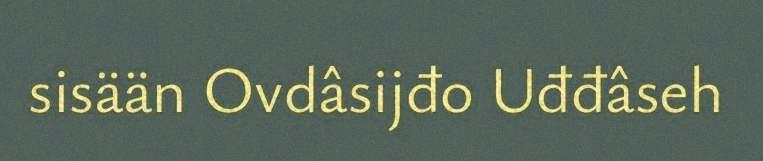
sisään Ovdâsijđo Uđđâseh